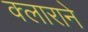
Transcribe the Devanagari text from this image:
क्लाराने